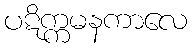
ပဋိက္ကမနကာလေ